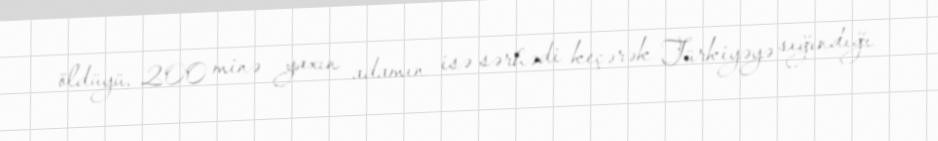
öldüyü, 200 minə yaxın adamın isə sərhədi keçərək Türkiyəyə sığındığı